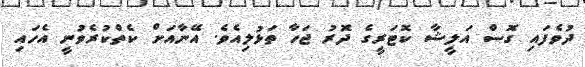
ދުވެފައި ގޮސް އަލީޝާ ކޮޓަރީގެ ދޮރު ޖަހާ ތަޅުލިއެވެ. އޭނާއަށް ކެތްކުރެވުނީ އެހައި